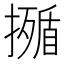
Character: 𭢣